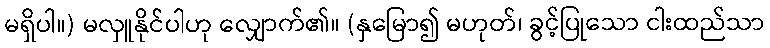
မရှိပါ။) မလှူနိုင်ပါဟု လျှောက်၏။ (နှမြော၍ မဟုတ်၊ ခွင့်ပြုသော ငါးထည်သာ